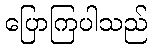
ပြောကြပါသည်